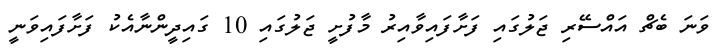
ވަނަ ބެޗް އައްސޭރި ޖަލުގައި ފަށާފައިވާއިރު މާފުށީ ޖަލުގައި 10 ގައިދީންނާއެކު ފަށާފައިވަނީ